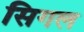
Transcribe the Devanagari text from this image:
सिगल